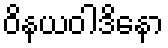
ဝိနယဝါဒိနော